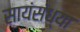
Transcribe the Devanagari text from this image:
सायंसंध्या